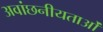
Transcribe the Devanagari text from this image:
अवांछनीयताओं